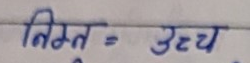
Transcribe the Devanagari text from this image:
निम्न = उच्च